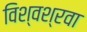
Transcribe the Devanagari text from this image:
विश्वश्रवा